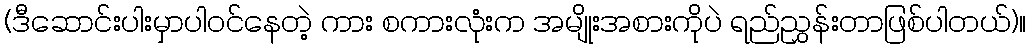
(ဒီဆောင်းပါးမှာပါဝင်နေတဲ့ ကား စကားလုံးက အမျိုးအစားကိုပဲ ရည်ညွှန်းတာဖြစ်ပါတယ်)။